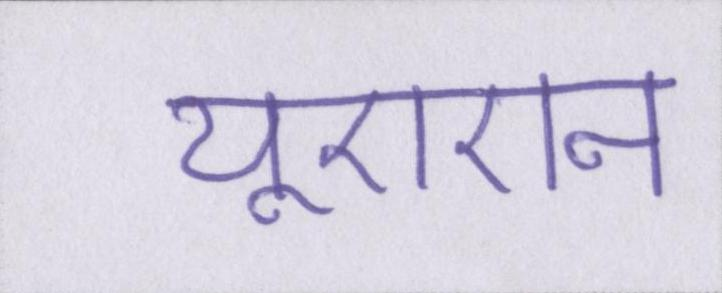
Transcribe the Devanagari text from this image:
यूएएन